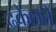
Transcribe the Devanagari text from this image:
ढकेलते